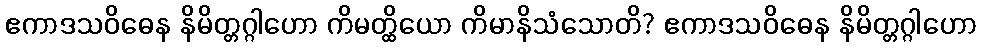
ဧကာဒသဝိဓေန နိမိတ္တဂ္ဂါဟော ကိမတ္ထိယော ကိမာနိသံသောတိ? ဧကာဒသဝိဓေန နိမိတ္တဂ္ဂါဟော